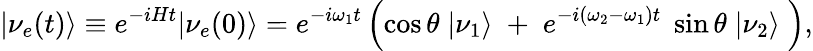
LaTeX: |\nu_{e}(t)\rangle\equiv e^{-iHt}|\nu_{e}(0)\rangle=e^{-i\omega_{1}t}\left(\cos\theta\; |\nu_{1}\rangle\; +\; e^{-i(\omega_{2}-\omega_{1})t}\; \sin\theta\; |\nu_{2}\rangle\; \right),